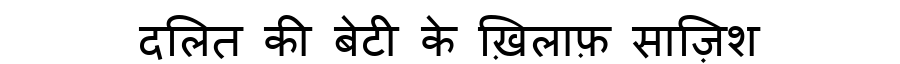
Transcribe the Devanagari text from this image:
दलित की बेटी के ख़िलाफ़ साज़िश